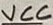
Text: VCC